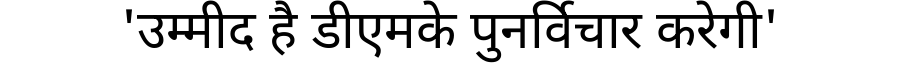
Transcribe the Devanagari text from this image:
'उम्मीद है डीएमके पुनर्विचार करेगी'